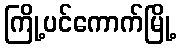
ကြို့ပင်ကောက်မြို့